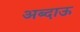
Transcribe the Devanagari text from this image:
अब्दाऊ